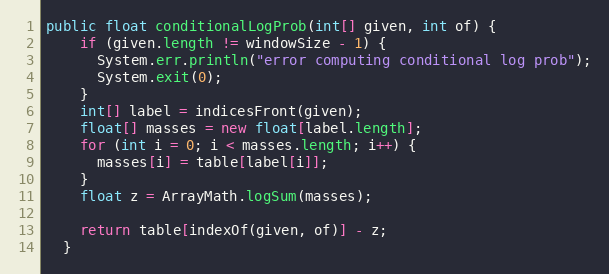
Language: Java
public float conditionalLogProb(int[] given, int of) {
    if (given.length != windowSize - 1) {
      System.err.println("error computing conditional log prob");
      System.exit(0);
    }
    int[] label = indicesFront(given);
    float[] masses = new float[label.length];
    for (int i = 0; i < masses.length; i++) {
      masses[i] = table[label[i]];
    }
    float z = ArrayMath.logSum(masses);

    return table[indexOf(given, of)] - z;
  }